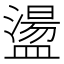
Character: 盪